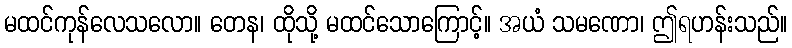
မထင်ကုန်လေသလော။ တေန၊ ထိုသို့ မထင်သောကြောင့်။ အယံ သမဏော၊ ဤရဟန်းသည်။